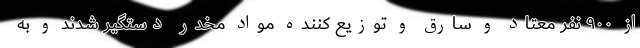
از ۹۰۰ نفر معتاد و سارق و توزیع کننده مواد مخدر دستگیر شدند و به